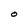
Character: O